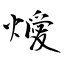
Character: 燰